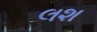
લશ